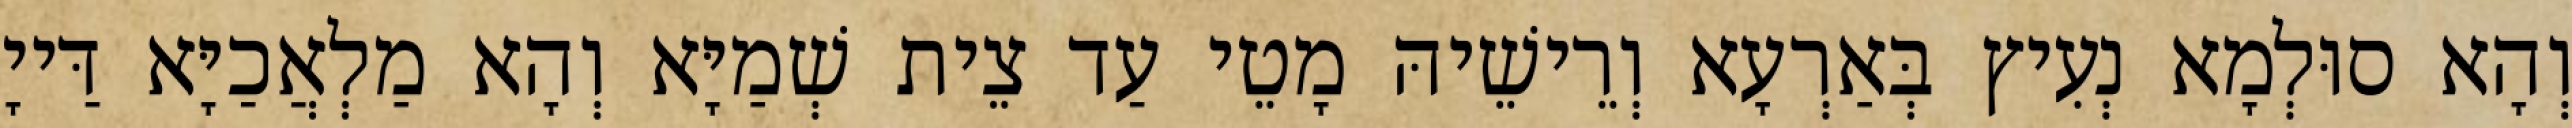
וְהָא סוּלְמָא נְעִיץ בְּאַרְעָא וְרֵישֵׁיהּ מָטֵי עַד צֵית שְׁמַיָּא וְהָא מַלְאֲכַיָּא דַּייָ